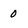
Character: 0